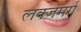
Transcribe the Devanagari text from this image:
लक्जमर्ग